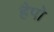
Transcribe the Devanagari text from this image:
हैपो